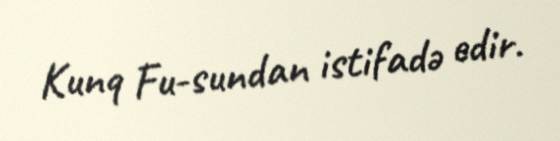
Kunq Fu-sundan istifadə edir.